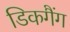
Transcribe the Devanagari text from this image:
डिकगैंग